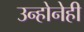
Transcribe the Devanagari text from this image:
उन्होनेही